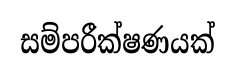
සම්පරීක්ෂණයක්